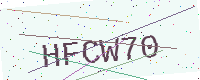
Text: HFCW70